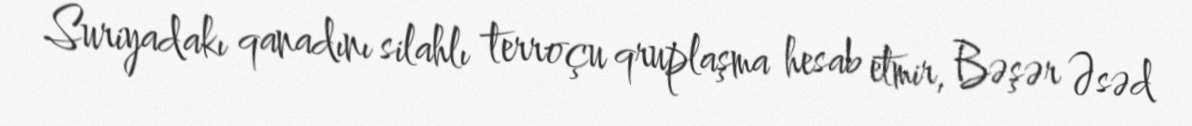
Suriyadakı qanadını silahlı terroçu qruplaşma hesab etmir, Bəşər Əsəd